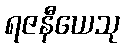
ရဇနီယေသု